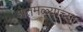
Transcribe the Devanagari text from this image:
शेतमळ्यांच्या